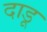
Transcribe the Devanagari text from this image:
दाडू